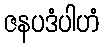
ဇနပဒံပါဟံ